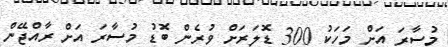
މުސާރަ އަށް މަހަކު 300 ޑޮލަރަށް ވުރެން ބޮޑު މުސާރަ އަށް ރާއްޖޭން